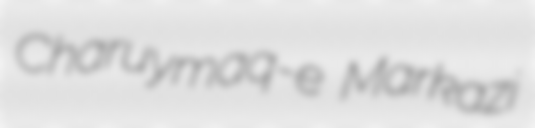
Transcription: Charuymaq-e Markazi